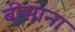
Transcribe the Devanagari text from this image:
बीसाना